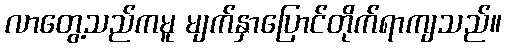
လာတွေ့သည်ကမူ မျက်နှာပြောင်တိုက်ရာကျသည်။